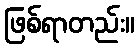
ဖြစ်ရာတည်း။